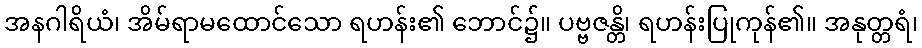
အနဂါရိယံ၊ အိမ်ရာမထောင်သော ရဟန်း၏ ဘောင်၌။ ပဗ္ဗဇန္တိ၊ ရဟန်းပြုကုန်၏။ အနုတ္တရံ၊